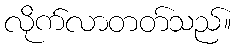
လိုက်လာတတ်သည်။